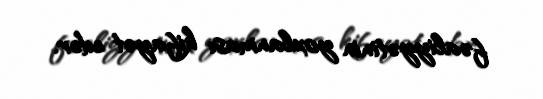
fəaliyyətinin yoxlanması kifayət edər.